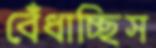
বেঁধাচ্ছিস